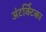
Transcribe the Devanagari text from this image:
अंटर्क्टिका